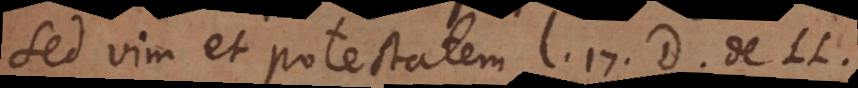
ed vim et potestatem l. 17. D. de L